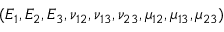
( E _ { 1 } , E _ { 2 } , E _ { 3 } , \allowbreak \nu _ { 1 2 } , \nu _ { 1 3 } , \nu _ { 2 3 } , \mu _ { 1 2 } , \mu _ { 1 3 } , \mu _ { 2 3 } )